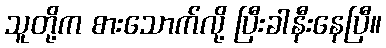
သူတို့က စားသောက်လို့ ပြီးခါနီးနေပြီ။